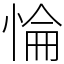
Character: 惀